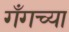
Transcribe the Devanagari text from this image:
गँगच्या